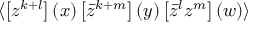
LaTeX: \langle \left[ z ^ { k + l } \right] ( x ) \left[ \bar { z } ^ { k + m } \right] ( y ) \left[ \bar { z } ^ { l } z ^ { m } \right] ( w ) \rangle